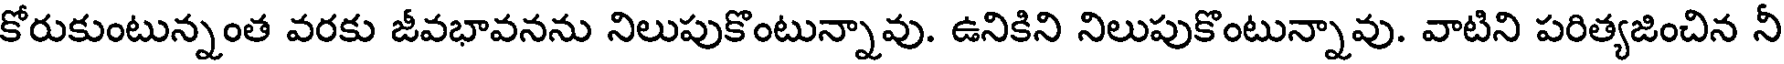
కోరుకుంటున్నంత వరకు జీవభావనను నిలుపుకొంటున్నావు. ఉనికిని నిలుపుకొంటున్నావు. వాటిని పరిత్యజించిన నీ